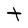
Character: t